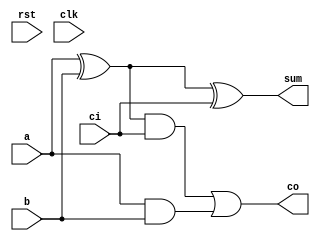
`timescale 1ns/1ps

module full_adder(
  input rst,
  input clk,
  input  a,
  input  b,
  input  ci,
  output  co,
  output  sum
);

   wire  out_xor;
   wire  out_and1;
   wire   out_and2;

   assign out_xor = a ^ b;
   assign out_and1 = out_xor & ci;
   assign out_and2 = a & b;
   assign sum = out_xor ^ ci;
   assign co = out_and1 | out_and2;

endmodule